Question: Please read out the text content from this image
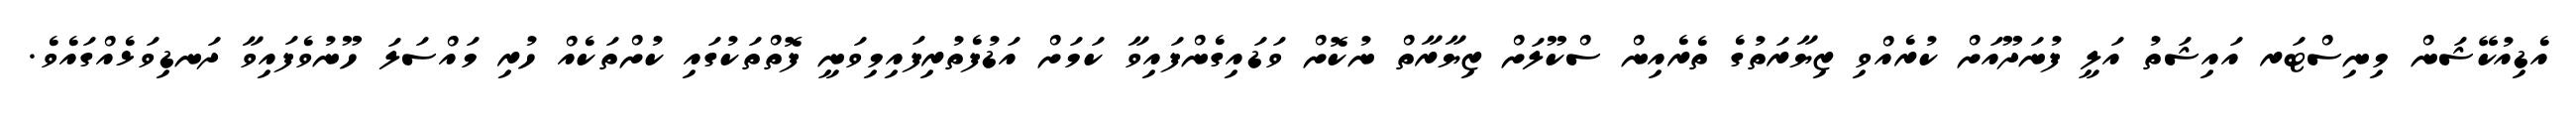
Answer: އެޑިއުކޭޝަން މިނިސްޓަރ އައިޝަތު އަލީ ފުނަދޫއަށް ކުރެއްވި ޒިޔާރަތުގެ ތެރެއިން ސްކޫލަށް ޒިޔާރާތް ނުކޮށް ވަޑައިގެންފައިވާ ކަމަށް އަޑުފެތުރިފައިމިވަނީ ފޮތްތަކުގައި ކުށްތަކެއް ހުރި މައްސަލަ ހޫނުވެފައިވާ ދަނޑިވަޅެއްގައެވެ.